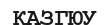
КАЗГЮУ